Report on the lunatic asylums under the Government of Bombay - 1904-1913
Year: 1904
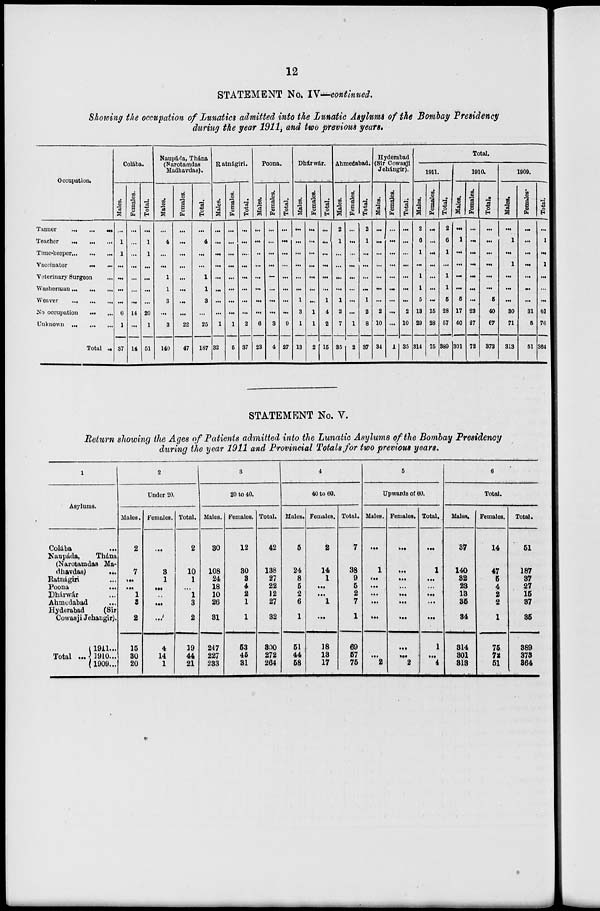
12
STATEMENT No. IV—continued.
Showing the occupation of Lunatics admitted into the Lunatic Asylums of the Bombay Presidency
during the year 1911, and two previous years.
Occupation.
Tanner
...
...
...
Teacher
...
...
...
Time-keeper ... ... ...
Vaccinator ... ... ...
Veterinary Surgeon...
Washerman ... ... ...
Weaver
...
...
...
No occupation ... ...
Unknown
...
...
...
Total ..
Colába.
Males.
...
1
1
...
...
...
...
6
1
37
Females.
...
...
...
...
...
...
...
14
...
14
Total.
...
1
1
...
...
...
...
20
1
51
Naupáda, Thána
(Narotamdas
Madhavdas).
Males.
...
4
...
...
1
1
3
...
3
140
Females.
...
...
...
...
...
...
...
...
22
47
Total.
...
4
...
...
1
1
3
...
25
187
Ratnágiri.
Males.
...
...
...
...
...
...
...
...
1
32
Females.
...
...
...
...
...
...
...
...
1
5
Total.
...
...
...
...
...
...
...
...
2
37
Poona.
Males.
...
...
...
...
...
...
...
...
6
23
Females.
...
...
...
...
...
...
...
...
3
4
Total.
...
...
...
...
...
...
...
...
9
27
Dhárwár.
Males.
...
...
...
...
...
...
1
3
1
13
Females.
...
...
...
...
...
...
...
1
1
2
Total.
...
...
...
...
...
...
1
4
2
15
Ahmedabad.
Males.
2
1
...
...
...
...
1
2
7
35
Females.
...
...
...
...
...
...
...
...
1
2
Total.
2
1
...
...
...
...
1
2
8
37
Hyderabad
(Sir Cowasji
Jehángir).
Males.
...
...
...
...
...
...
...
2
10
34
Females.
...
...
...
...
...
...
...
...
...
1
Total.
...
...
...
...
...
...
...
2
10
35
Total.
1911.
Males.
2
6
1
...
1
1
5
13
29
314
Females.
...
...
...
...
...
...
...
15
28
75
Total.
2
6
1
...
1
1
5
28
57
389
1910.
Males.
...
1
...
...
...
...
5
17
40
301
Females.
...
...
...
...
...
...
...
23
27
72
Total.
...
...
...
...
...
...
5
40
67
373
1909.
Males.
...
1
...
1
...
...
...
30
71
313
Females.
...
...
...
...
...
...
...
31
5
51
Total.
...
1
...
1
...
...
...
61
76
364
STATEMENT No. V.
Return showing the Ages of Patients admitted into the Lunatic Asylums of the Bombay Presidency
during the year 1911 and Provincial Totals for two previous years.
1
Asylums.
Colába
...
Naupáda,
Thána
(Narotamdas Ma-
dhavdas)
...
Ratnágiri...
Poona...
Dhárwár...
Ahmedabad
Hyderabad
(Sir
Cowasji Jehangir).
Total ...
1911...
1910...
1909...
2
Under 20.
Males.
2
7
...
...
1
3
2
15
30
20
Females.
...
3
1
...
...
...
...
4
14
1
Total.
2
10
1
...
1
3
2
39
44
21
3
20 to 40.
Males.
30
108
24
18
10
26
31
247
227
233
Females.
12
80
3
4
2
1
1
53
46
31
Total.
42
138
27
22
12
27
32
300
272
264
4
40 to 60.
Males.
5
24
8
5
2
6
1
51
44
58
Females.
2
14
1
...
...
1
...
18
13
17
Total.
7
38
9
5
2
7
1
69
57
75
5
Upwards of 60.
Males.
...
1
...
...
...
...
...
1
...
2
Females.
...
...
...
...
...
...
...
...
...
2
Total.
...
1
...
...
...
...
...
1
...
4
6
Total.
Males.
37
140
32
23
13
35
34
314
301
313
Females.
14
47
5
4
2
2
1
76
72
51
Total.
51
187
37
27
15
37
35
389
373
364